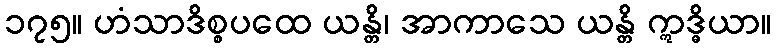
၁၇၅။ ဟံသာဒိစ္စပထေ ယန္တိ၊ အာကာသေ ယန္တိ ဣဒ္ဓိယာ။